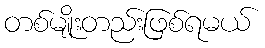
တစ်မျိုးတည်းဖြစ်ရမယ်